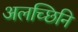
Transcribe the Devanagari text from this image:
अलच्छिनि